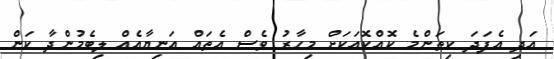
އަދި އެފަދަ ކިތަންމެ ކޮއްކޮއަކަށް މިހާރު ވެސް އެތައް އަނިޔާއެއް ލިބެމުންދާ ކަން